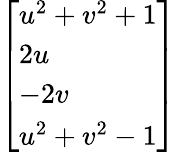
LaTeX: \left[\begin{array}{l}{u^{2}+v^{2}+1}\\ {2u}\\ {-2v}\\ {u^{2}+v^{2}-1}\end{array}\right]